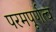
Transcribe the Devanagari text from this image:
परमपूर्णत्व